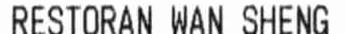
RESTORAN WAN SHENG